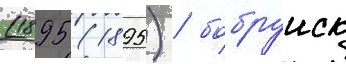
(1895 (1895) / бобруиск